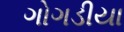
ગોગડીયા